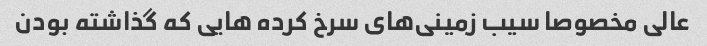
عالی مخصوصا سیب زمینی‌های سرخ کرده هایی که گذاشته بودن